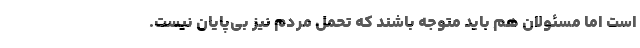
است اما مسئولان هم باید متوجه باشند که تحمل مردم نیز بی‌پایان نیست.